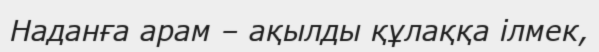
Наданға арам – ақылды құлаққа ілмек,